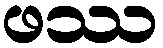
ဖဿ